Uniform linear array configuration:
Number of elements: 8
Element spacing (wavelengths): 1
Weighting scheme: exponential
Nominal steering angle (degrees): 30
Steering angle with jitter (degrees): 28.004
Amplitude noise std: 0.05
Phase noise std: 0.05

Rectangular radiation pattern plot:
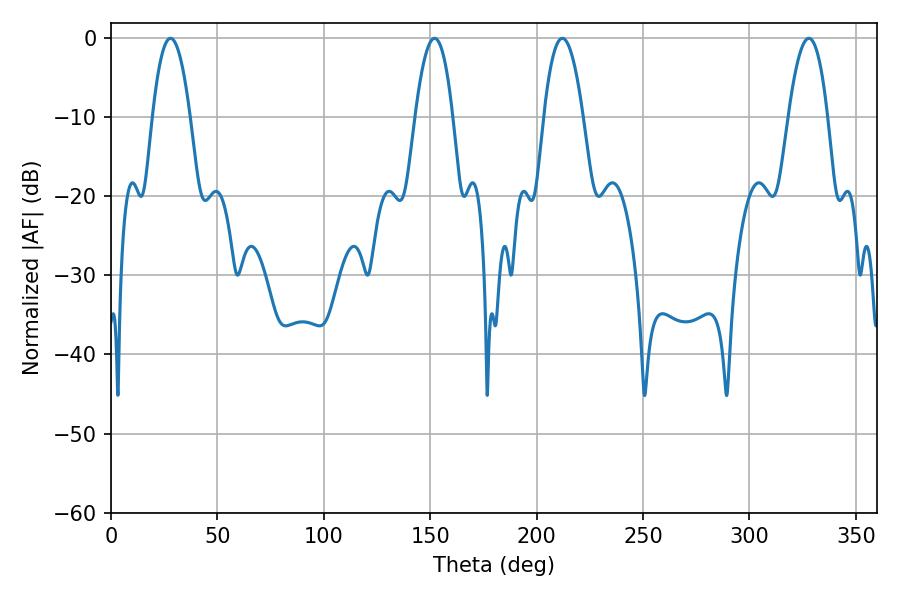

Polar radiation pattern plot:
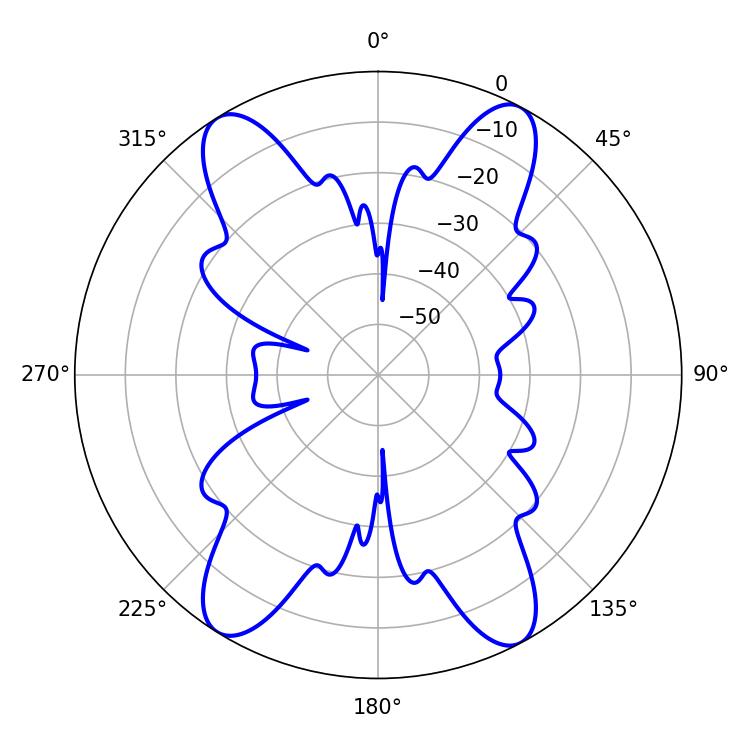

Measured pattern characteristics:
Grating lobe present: TRUE
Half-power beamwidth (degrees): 10.08
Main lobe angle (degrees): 212.04